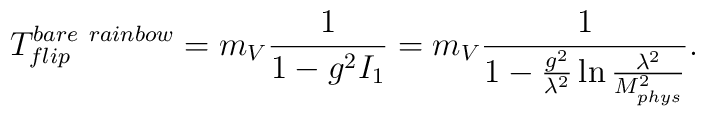
T_{flip}^{bare \ rainbow}=m_V\frac{1}{1-g^2 I_1} =m_V\frac{1}{1-\frac{g^2}{ \lambda^2}\ln \frac{\lambda^2}{M^2_{phys}}}.